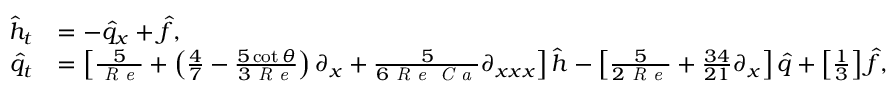
\begin{array} { r l } { \hat { h } _ { t } } & { = - \hat { q } _ { x } + \hat { f } , } \\ { \hat { q } _ { t } } & { = \left[ \frac { 5 } { \mathrm { \textit { R e } } } + \left( \frac { 4 } { 7 } - \frac { 5 \cot { \theta } } { 3 \mathrm { \textit { R e } } } \right) \partial _ { x } + \frac { 5 } { 6 \mathrm { \textit { R e } } \mathrm { \textit { C a } } } \partial _ { x x x } \right] \hat { h } - \left[ \frac { 5 } { 2 \mathrm { \textit { R e } } } + \frac { 3 4 } { 2 1 } \partial _ { x } \right] \hat { q } + \left[ \frac { 1 } { 3 } \right] \hat { f } , } \end{array}